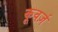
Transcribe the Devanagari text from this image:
कूवर्ज़